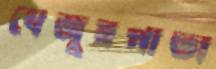
খেজুরপাতা